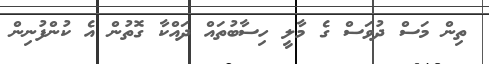
ތިން މަސް ދުވަސް ގެ މާލީ ހިސާބުތައް ދައްކާ ގޮތުން އެ ކުންފުނިން